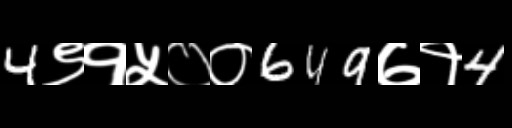
Text: 4९१५००649७१4